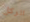
الركل